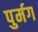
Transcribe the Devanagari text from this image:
पुर्मग